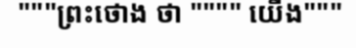
"""ព្រះថោង ថា """" យើង"""